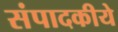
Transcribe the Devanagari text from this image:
संपादकीये